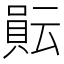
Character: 𧶊